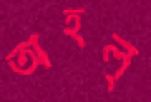
অহল্